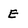
Character: E